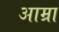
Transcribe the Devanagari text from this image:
आम्रा